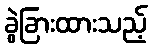
ခွဲခြားထားသည့်